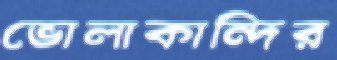
ভোলাকান্দির